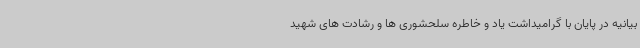
بیانیه در پایان با گرامیداشت یاد و خاطره سلحشوری ها و رشادت های شهید